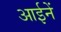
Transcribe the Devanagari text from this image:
आईनें